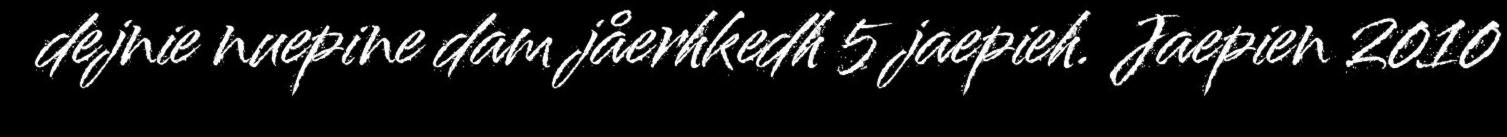
dejnie nuepine dam jåerhkedh 5 jaepieh. Jaepien 2010